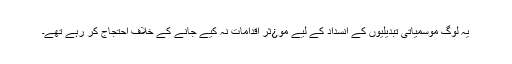
یہ لوگ موسمیاتی تبدیلیوں کے انسداد کے لیے مو¿ثر اقدامات نہ کیے جانے کے خلاف احتجاج کر رہے تھے۔